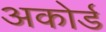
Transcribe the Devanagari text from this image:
अकोर्ड